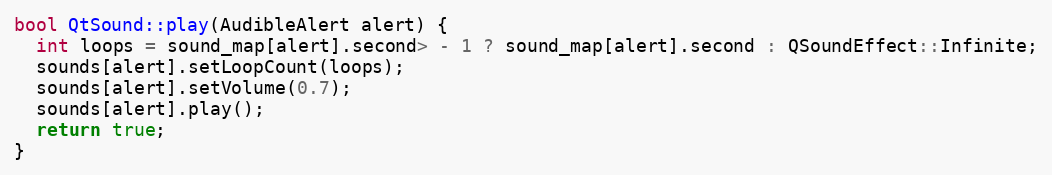
Language: C++
bool QtSound::play(AudibleAlert alert) {
  int loops = sound_map[alert].second> - 1 ? sound_map[alert].second : QSoundEffect::Infinite;
  sounds[alert].setLoopCount(loops);
  sounds[alert].setVolume(0.7);
  sounds[alert].play();
  return true;
}